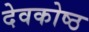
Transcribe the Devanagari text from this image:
देवकोष्ठ